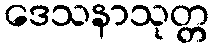
ဒေသနာသုတ္တ